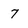
Character: 7